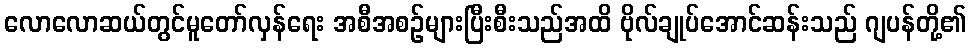
လောလောဆယ်တွင်မူတော်လှန်ရေး အစီအစဉ်များပြီးစီးသည်အထိ ဗိုလ်ချုပ်အောင်ဆန်းသည် ဂျပန်တို့၏